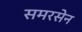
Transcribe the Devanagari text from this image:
समरसेन